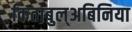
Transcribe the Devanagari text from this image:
किताबुल्अबिनिया